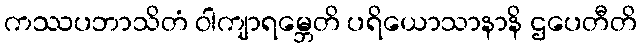
ကဿပဘာသိတံ ဝါကျာရမ္ဘေတိ ပရိယောသာနာနိ ဌပေတီတိ